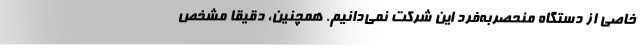
خاصی از دستگاه منحصربه‌فرد این شرکت نمی‌دانیم. همچنین، دقیقا مشخص